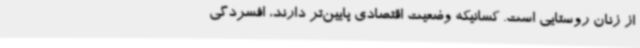
از زنان روستایی است. کسانیکه وضعیت اقتصادی پایین‌تر دارند، افسردگی